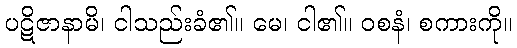
ပဋိဇာနာမိ၊ ငါသည်းခံ၏။ မေ၊ ငါ၏။ ဝစနံ၊ စကားကို။